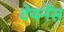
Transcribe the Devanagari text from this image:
वेयर्नेस